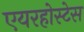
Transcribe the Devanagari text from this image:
एयरहोस्टेस